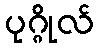
ပုဂ္ဂိုလ်